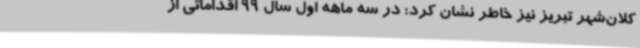
کلان‌شهر تبریز نیز خاطر نشان کرد: در سه ماهه اول سال 99 اقداماتی از